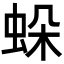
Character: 𧊶